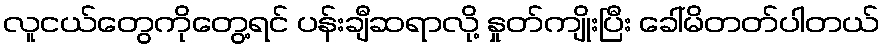
လူငယ်တွေကိုတွေ့ရင် ပန်းချီဆရာလို့ နှုတ်ကျိုးပြီး ခေါ်မိတတ်ပါတယ်